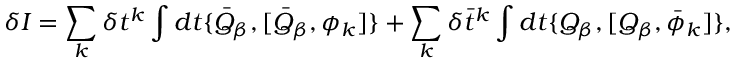
\delta I = \sum _ { k } \delta t ^ { k } \int d t \{ \bar { Q } _ { \beta } , [ \bar { Q } _ { \beta } , \phi _ { k } ] \} + \sum _ { k } \delta \bar { t } ^ { k } \int d t \{ Q _ { \beta } , [ Q _ { \beta } , \bar { \phi } _ { k } ] \} ,